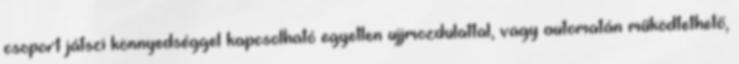
csoport játszi könnyedséggel kapcsolható egyetlen ujjmozdulattal, vagy automatán működtethető,